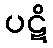
ပဋိ